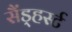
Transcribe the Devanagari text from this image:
सैंड्हर्स्ट